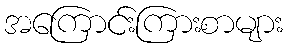
အကြောင်းကြားစာများ